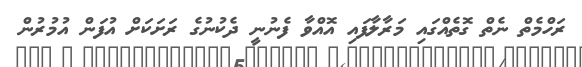
ރަހްމެތް ނެތް ގޮތެއްގައި މަރާލާފައި އޮއްވާ ފެނުނީ ދެކުނުގެ ރަށަކަށް އުފަން އުމުރުން